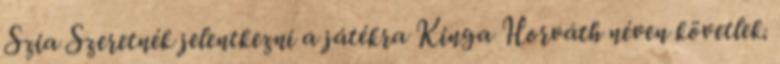
Szia Szeretnék jelentkezni a játékra Kinga Horváth néven követlek.